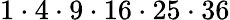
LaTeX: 1\cdot 4\cdot 9\cdot 16\cdot 25\cdot 36